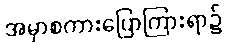
အမှာစကားပြောကြားရာ၌